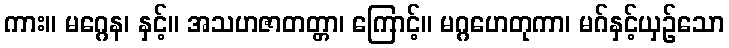
ကား။ မဂ္ဂေန၊ နှင့်။ အသဟဇာတတ္တာ၊ ကြောင့်။ မဂ္ဂဟေတုကာ၊ မဂ်နှင့်ယှဉ်သော